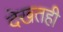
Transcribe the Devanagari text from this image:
देखतही